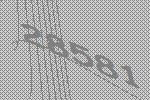
28581